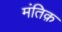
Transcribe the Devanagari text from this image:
मंतिक़